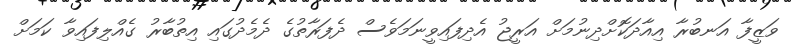
ވަޒީފާ އަނބުރާ އިއާދަކޮށްދިނުމަށް އަރީޖު އެދިފައިވީނަމަވެސް ދެފަރާތުގެ ދެމެދުގައި އިތުބާރު ގެއްލިފައިވާ ކަމަށް